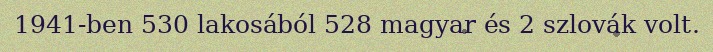
1941-ben 530 lakosából 528 magyar és 2 szlovák volt.